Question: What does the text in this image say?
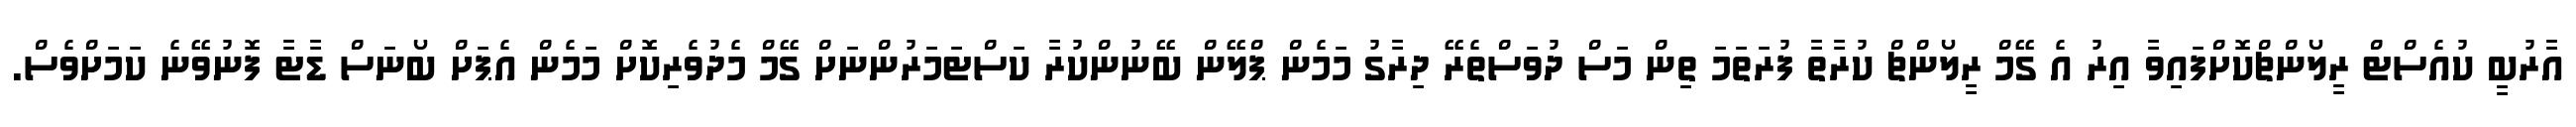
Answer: އާރުބީ ކުއެސްޓް ރީލޯންޗްކޮށްފައިވާ އިރު އެ ގޭމް ރީލޯންޗް ކުރާތާ ފުރަތަމަ ތިން މަސް ދުވަސްތެރޭ ދިރާގު މަމެން ޕްލޭން ބޭނުންކުރާ ކަސްޓަމަރުންނަށް ގޭމް މެދުވެރިކޮށް މަމެން އެޕަށް ބޯނަސް ޑާޓާ ފޮނުވޭނެ ކަމަށްވެސް.